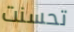
تحسنت